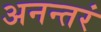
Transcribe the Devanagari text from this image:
अनन्तरं